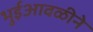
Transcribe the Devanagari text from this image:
भुईआवळीने